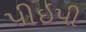
પીઇપી